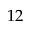
1 2